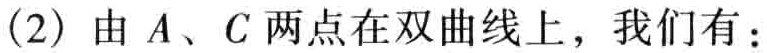
(2) 由 \(A、C\) 两点在双曲线上，我们有：